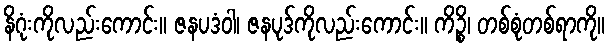
နိဂုံးကိုလည်းကောင်း။ ဇနပဒံဝါ၊ ဇနပုဒ်ကိုလည်းကောင်း။ ကိဉ္စိ၊ တစ်စုံတစ်ရာကို။